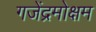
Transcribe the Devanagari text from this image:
गजेंद्रमोक्षम